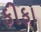
ફીફા